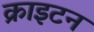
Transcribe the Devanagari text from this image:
क्राइटन